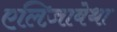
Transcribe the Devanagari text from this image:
एलिज़ाबेथा